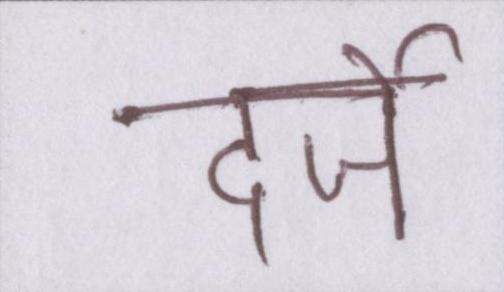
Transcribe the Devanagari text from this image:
दर्जे